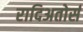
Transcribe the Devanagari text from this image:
रादिअतोर्स